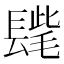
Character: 𨲝